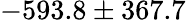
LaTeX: -593.8\pm 367.7